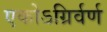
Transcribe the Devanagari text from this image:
एकोऽग्रिर्वर्ण